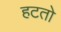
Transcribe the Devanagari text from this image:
हटतो